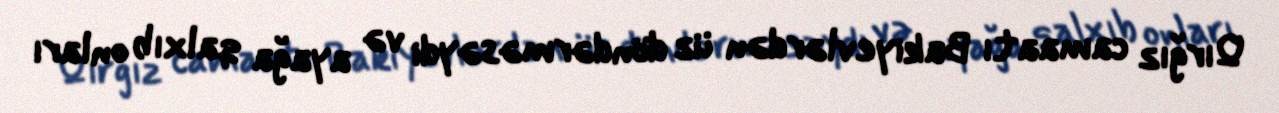
Qırğız camaatı Bakiyevlərdən üz döndərməsəydi və ayağa qalxıb onları